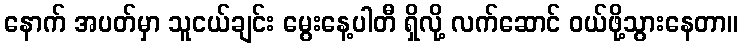
နောက် အပတ်မှာ သူငယ်ချင်း မွေးနေ့ပါတီ ရှိလို့ လက်ဆောင် ဝယ်ဖို့သွားနေတာ။